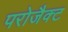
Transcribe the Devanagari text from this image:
परोजैक्ट